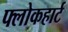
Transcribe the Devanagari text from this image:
फ्लोकहार्ट